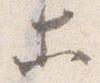
等